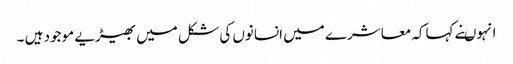
انہوںنے کہاکہ معاشرے میں انسانوں کی شکل میں بھیڑیے موجود ہیں ۔